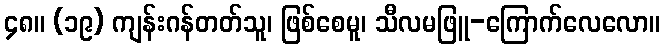
၄၈။ (၁၉) ကျန်းဂန်တတ်သူ၊ ဖြစ်စေမူ၊ သီလမဖြူ-ကြောက်လေလော။